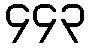
၄၄၃